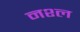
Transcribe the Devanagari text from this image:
नश्ल